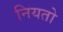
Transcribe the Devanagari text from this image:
नियतो